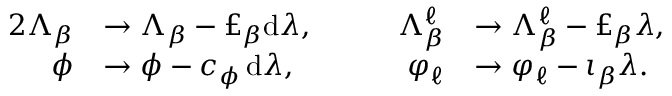
\begin{array} { r l r l } { { 2 } \Lambda _ { \beta } } & { \to \Lambda _ { \beta } - \pounds _ { \beta } \mathrm { d } \lambda , \qquad } & { \Lambda _ { \beta } ^ { \ell } } & { \to \Lambda _ { \beta } ^ { \ell } - \pounds _ { \beta } \lambda , } \\ { \phi } & { \to \phi - c _ { \phi } \, \mathrm { d } \lambda , \qquad } & { \varphi _ { \ell } } & { \to \varphi _ { \ell } - \iota _ { \beta } \lambda . } \end{array}